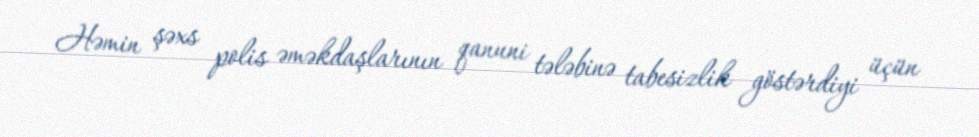
Həmin şəxs polis əməkdaşlarının qanuni tələbinə tabesizlik göstərdiyi üçün